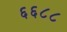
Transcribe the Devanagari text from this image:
६६८८